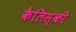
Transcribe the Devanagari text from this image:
कैलिस्की